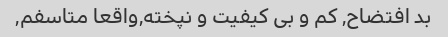
بد افتضاح, کم و بی کیفیت و نپخته,واقعا متاسفم,